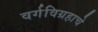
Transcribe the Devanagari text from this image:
वर्गविग्रहाचे